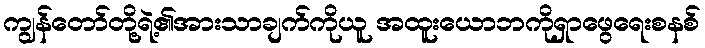
ကျွန်တော်တို့ရဲ့၏အားသာချက်ကိုယူ အထူးယောဘကိုရှာဖွေရေးစနစ်